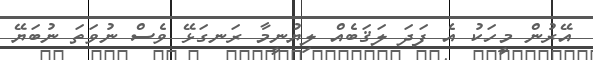
އޭރުން މީހަކު އެ ފަދަ ލަޤަބެއް ލިޔުނީމާ ރަނގަޅޭ ވެސް ނުވަތަ ނުބަޔޭ